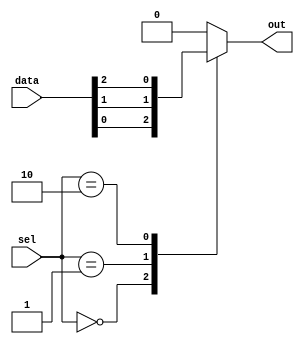
module mux128to1 (
    input [127:0] data,
    input [6:0] sel,
    output reg out
);

always @* begin
    case(sel)
        7'b0000000: out = data[0];
        7'b0000001: out = data[1];
        7'b0000010: out = data[2];
        // continue with all 128 cases for each input line
        default: out = 1'b0; // default case
    endcase
end

endmodule